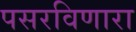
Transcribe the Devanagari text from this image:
पसरविणारा